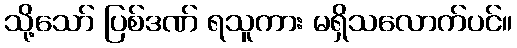
သို့သော် ပြစ်ဒဏ် ရသူကား မရှိသလောက်ပင်။